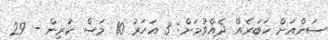
ސަންއަށް ޚަބަރެއް ދެއްވުމަށް: 3 އަހަރު 10 މަސް ކުރިން - 29